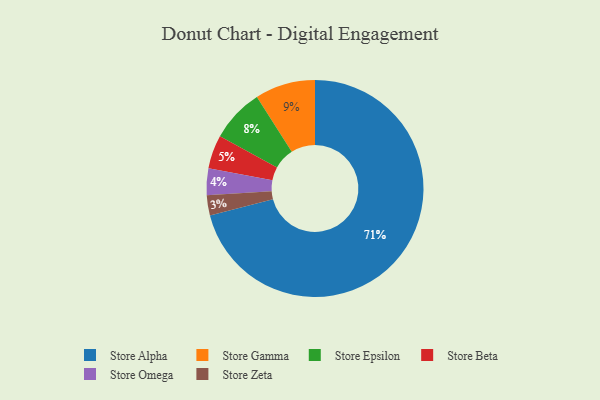
{"axis": {"x": "Category", "y": "Percentage"}, "legend": ["Store Alpha", "Store Beta", "Store Epsilon", "Store Gamma", "Store Omega", "Store Zeta"], "data": [{"x": "Store Omega", "y": 4, "type": "Store Omega"}, {"x": "Store Zeta", "y": 3, "type": "Store Zeta"}, {"x": "Store Gamma", "y": 9, "type": "Store Gamma"}, {"x": "Store Beta", "y": 5, "type": "Store Beta"}, {"x": "Store Alpha", "y": 71, "type": "Store Alpha"}, {"x": "Store Epsilon", "y": 8, "type": "Store Epsilon"}]}